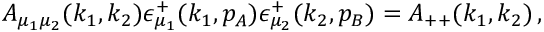
A _ { \mu _ { 1 } \mu _ { 2 } } ( k _ { 1 } , k _ { 2 } ) \epsilon _ { \mu _ { 1 } } ^ { + } ( k _ { 1 } , p _ { A } ) \epsilon _ { \mu _ { 2 } } ^ { + } ( k _ { 2 } , p _ { B } ) = A _ { + + } ( k _ { 1 } , k _ { 2 } ) \, ,